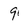
Character: 9